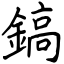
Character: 鎬